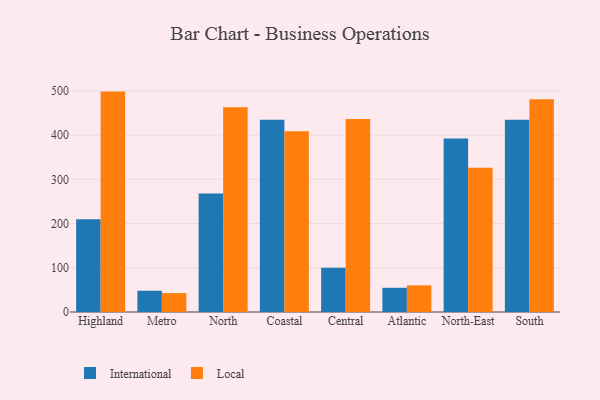
{"axis": {"x": "Region", "y": "Customer Acquisition Cost (USD)"}, "legend": ["International", "Local"], "data": [{"x": "Highland", "y": 209.6, "type": "International"}, {"x": "Highland", "y": 498.3, "type": "Local"}, {"x": "Metro", "y": 48.1, "type": "International"}, {"x": "Metro", "y": 42.8, "type": "Local"}, {"x": "North", "y": 268.1, "type": "International"}, {"x": "North", "y": 462.9, "type": "Local"}, {"x": "Coastal", "y": 434.7, "type": "International"}, {"x": "Coastal", "y": 408.4, "type": "Local"}, {"x": "Central", "y": 99.9, "type": "International"}, {"x": "Central", "y": 436.2, "type": "Local"}, {"x": "Atlantic", "y": 54.7, "type": "International"}, {"x": "Atlantic", "y": 60.3, "type": "Local"}, {"x": "North-East", "y": 392.0, "type": "International"}, {"x": "North-East", "y": 326.3, "type": "Local"}, {"x": "South", "y": 434.4, "type": "International"}, {"x": "South", "y": 480.9, "type": "Local"}]}